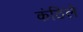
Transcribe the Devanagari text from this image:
कंठिले